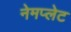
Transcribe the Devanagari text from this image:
नेमप्‍लेट